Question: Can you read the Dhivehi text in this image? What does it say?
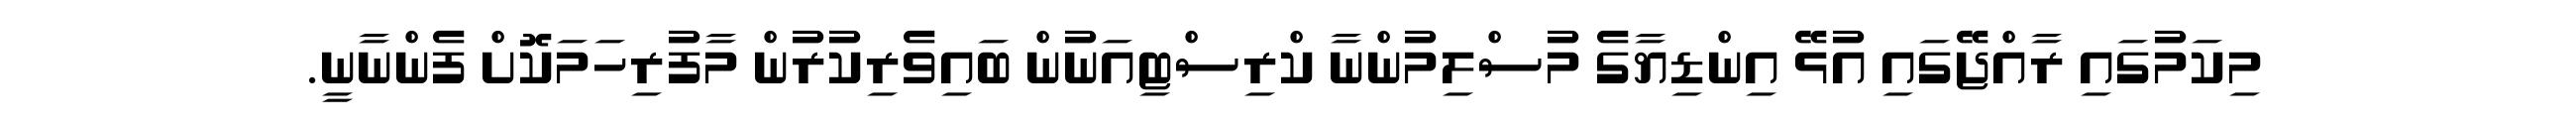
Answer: މިކަމުގައި ރާއްޖޭގައި އުޅޭ އިންޑިޔާގެ މުސްލިމުންނާ ކްރިސްޓިއަނުން ބައިވެރިކުރުން މާފުރިހަމަކޮށް ފެންނާނީ.